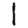
Digit: 1